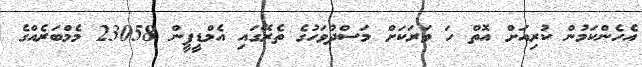
އެހެންކަމުން ކުރިއަށް އޮތް ހަ ވަރަކަށް މަސްދުވަހުގެ ތެރޭގައި އެމްޑީޕީން 23058 މެމްބަރެއްގެ